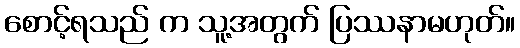
စောင့်ရသည် က သူ့အတွက် ပြဿနာမဟုတ်။